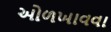
ઓળખાવવા